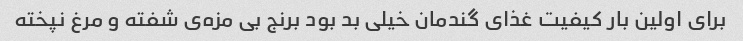
برای اولین بار کیفیت غذای گندمان خیلی بد بود برنج بی مزه‌ی شفته و مرغ نپخته